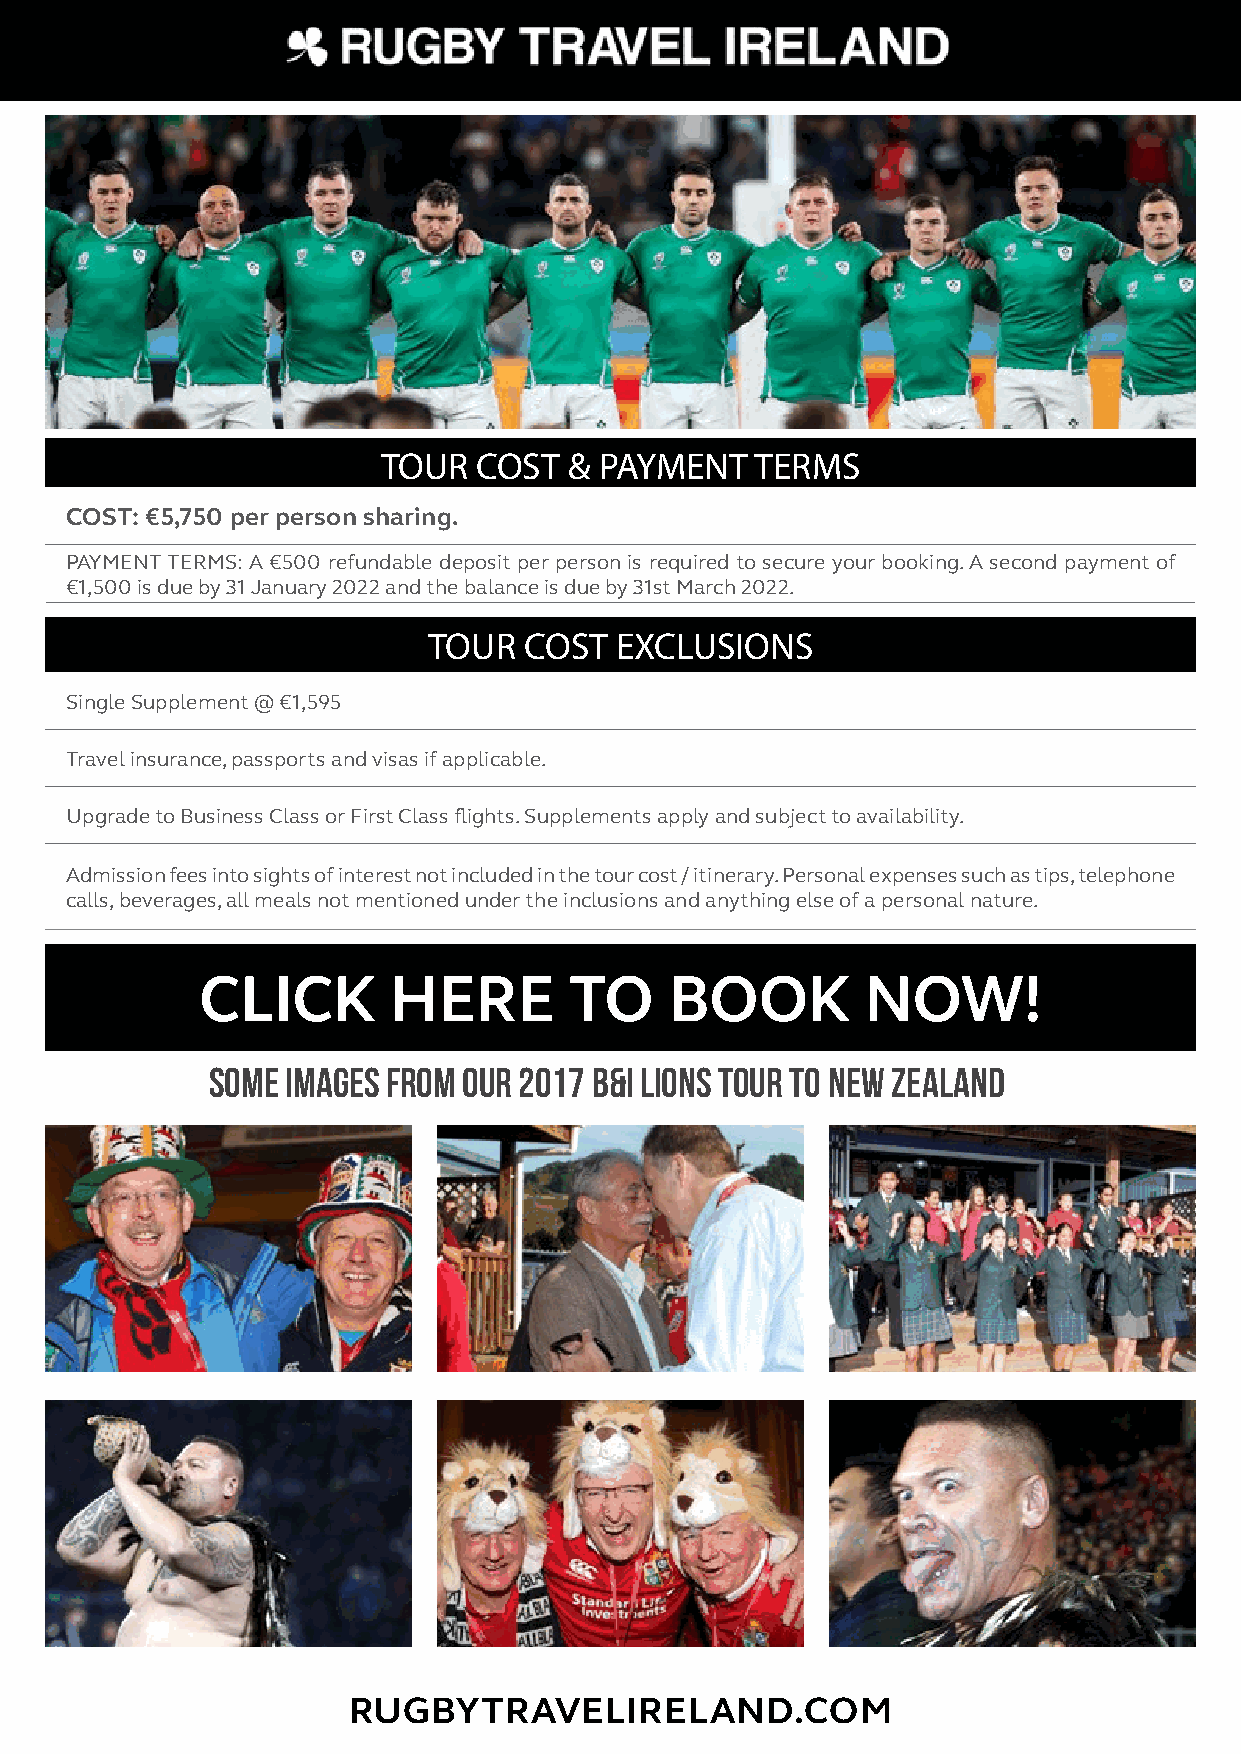
TOUR   COST  & PAYMENT   TERMS
 COST: €5,750 per person sharing.
 PAYMENT TERMS: A €500 refundable deposit per person is required to secure your booking. A second payment of
 €1,500 is due by 31 January 2022 and the balance is due by 31st March 2022.
 TOUR   COST  EXCLUSIONS
 Single Supplement @ €1,595
 Travel insurance, passports and visas if applicable.
 Upgrade to Business Class or First Class flights. Supplements apply and subject to availability.
 Admission fees into sights of interest not included in the tour cost / itinerary. Personal expenses such as tips, telephone
 calls, beverages, all meals not mentioned under the inclusions and anything else of a personal nature.
 CLICK        HERE        TO    BOOK         NOW!
 Some images from our 2017 B&I Lions Tour to New Zealand
 RUGBYTRAVELIRELAND.COM